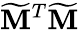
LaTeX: \widetilde{\mathbf{M}}^{T}\widetilde{\mathbf{M}}